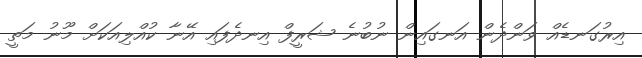
އިރުގަނޑެއް ވަންދެން އަނގައިން ނުބުނެ ޝަރީފް އިނދެފައި އޭނާ ކުއްލިއަކަށް މޫނު މަތީ